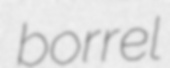
borrel